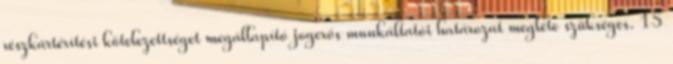
részkártérítési kötelezettséget megállapító jogerős munkáltatói határozat megléte szükséges. 15